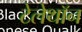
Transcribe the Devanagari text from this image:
टेलेथॉन